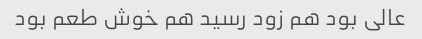
عالی بود هم زود رسید هم خوش طعم بود